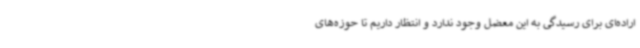
اراده‌ای برای رسیدگی به این معضل وجود ندارد و انتظار داریم تا حوزه‌های